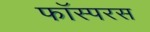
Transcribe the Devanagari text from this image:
फॉस्परस